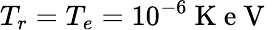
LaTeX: T_{r}=T_{e}=10^{-6}\mathrm{~K~e~V~}